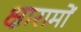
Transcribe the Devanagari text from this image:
क्षारामों